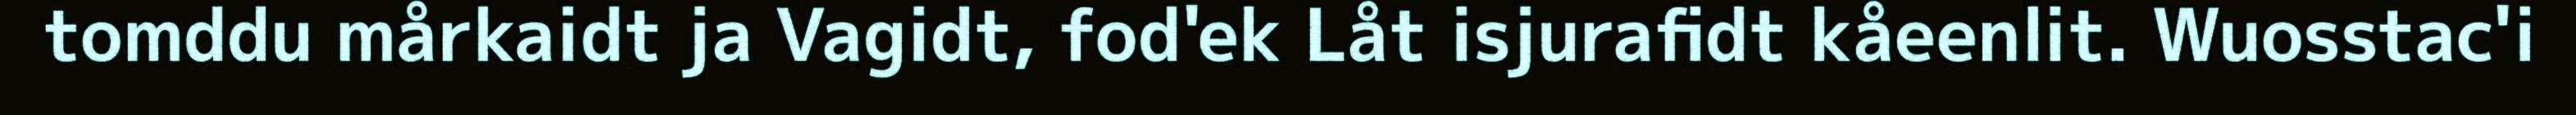
tomddu mårkaidt ja Vagidt, fod'ek Låt isjurafidt kåeenlit. Wuosstac'i